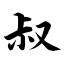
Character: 叔